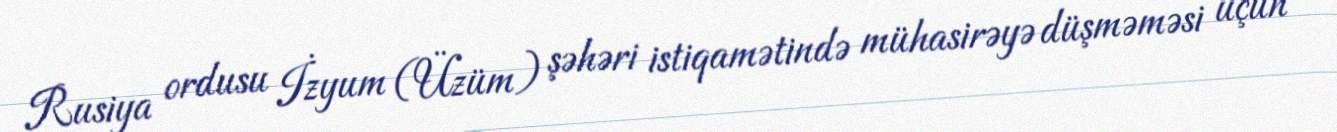
Rusiya ordusu İzyum (Üzüm) şəhəri istiqamətində mühasirəyə düşməməsi üçün